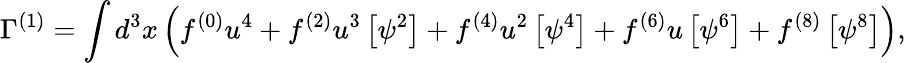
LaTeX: \Gamma^{(1)}=\int d^{3}x\left(f^{(0)}u^{4}+f^{(2)}u^{3}\left[\psi^{2}\right]+f^{(4)}u^{2}\left[\psi^{4}\right]+f^{(6)}u\left[\psi^{6}\right]+f^{(8)}\left[\psi^{8}\right]\right),